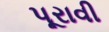
પૂરાવી